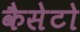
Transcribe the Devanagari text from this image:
कैसेटो